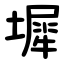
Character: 墀